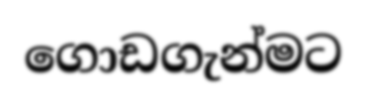
ගොඩගැන්මට